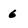
Character: 6